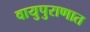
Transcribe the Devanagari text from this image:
वायुपुराणात